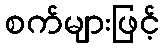
စက်များဖြင့်